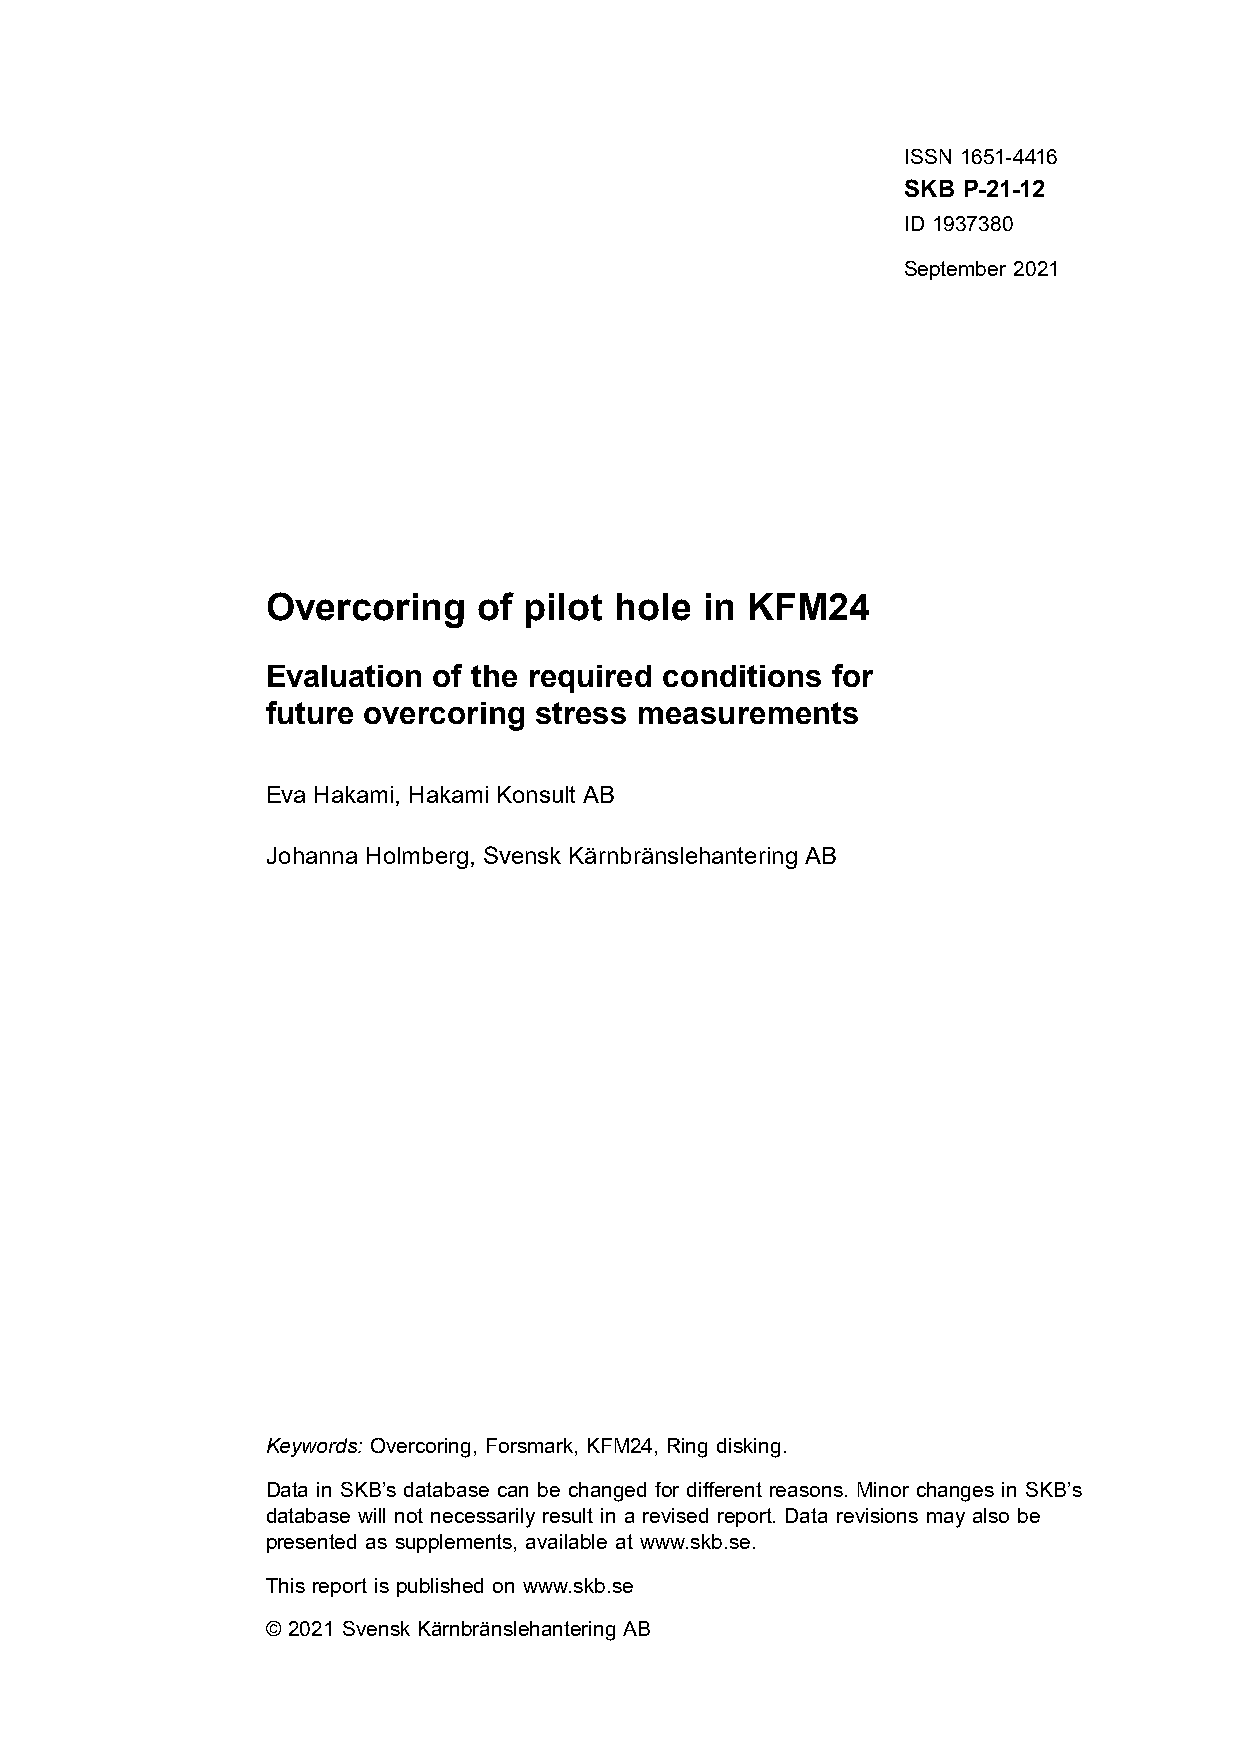
ISSN 1651-4416
 SKB P-21-12
 ID 1937380
 September 2021
 Overcoring    of pilot hole in KFM24
 Evaluation of the required conditions for
 future overcoring stress measurements
 Eva Hakami, Hakami Konsult AB
 Johanna Holmberg, Svensk Kärnbränslehantering AB
 Keywords: Overcoring, Forsmark, KFM24, Ring disking.
 Data in SKB’s database can be changed for different reasons. Minor changes in SKB’s
 database will not necessarily result in a revised report. Data revisions may also be
 presented as supplements, available at www.skb.se.
 This report is published on www.skb.se
 © 2021 Svensk Kärnbränslehantering AB